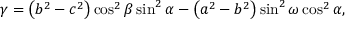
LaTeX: \gamma = { \bigl ( } b ^ { 2 } - c ^ { 2 } { \bigr ) } \cos ^ { 2 } \beta \sin ^ { 2 } \alpha - { \bigl ( } a ^ { 2 } - b ^ { 2 } { \bigl ) } \sin ^ { 2 } \omega \cos ^ { 2 } \alpha ,